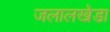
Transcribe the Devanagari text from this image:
जलालखेडा